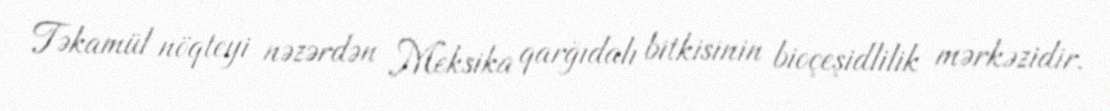
Təkamül nöqteyi nəzərdən Meksika qarğıdalı bitkisinin bioçeşidlilik mərkəzidir.